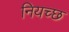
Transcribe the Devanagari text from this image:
नियच्छ